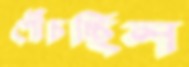
পৌঁচচ্ছিল